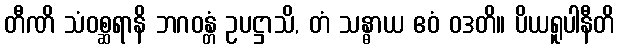
တီဏိ သံဝစ္ဆရာနိ ဘဂဝန္တံ ဥပဋ္ဌာသိ, တံ သန္ဓာယ ဧဝံ ဝဒတိ။ ပိယရူပါနီတိ